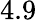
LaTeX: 4.9